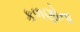
કળણોના